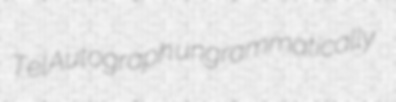
TelAutograph ungrammatically